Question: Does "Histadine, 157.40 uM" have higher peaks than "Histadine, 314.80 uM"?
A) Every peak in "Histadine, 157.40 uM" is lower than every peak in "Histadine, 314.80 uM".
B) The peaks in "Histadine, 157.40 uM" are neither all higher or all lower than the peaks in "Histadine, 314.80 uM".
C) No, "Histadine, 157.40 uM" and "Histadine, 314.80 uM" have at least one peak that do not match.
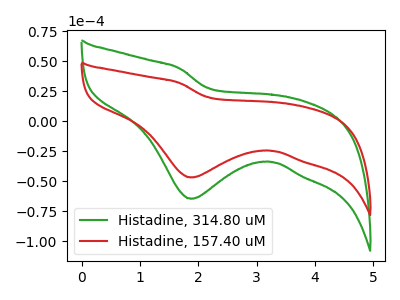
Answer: <think>The green curve "Histadine, 314.80 uM" has a cathodic peak at: (1.85V, -64.60uA). The red curve "Histadine, 157.40 uM" has a cathodic peak at: (1.85V, -46.80uA).</think>
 <answer>A) Every peak in "Histadine, 157.40 uM" is lower than every peak in "Histadine, 314.80 uM".</answer>
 <eval>A</eval>